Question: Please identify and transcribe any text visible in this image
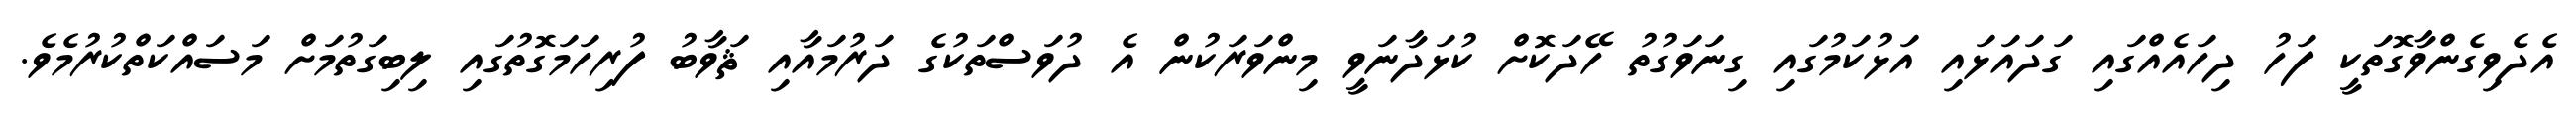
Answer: އެދެވިގެންވާގޮތަކީ ފަހު ދިހައެއްގައި ގަދައަޅައި އަޅުކަމުގައި ގިނަވަގުތު ހޭދަކޮށް ކުޅަދާނަވީ މިންވަރަކުން އެ ދުވަސްތަކުގެ ދަރުމައާއި ޘަވާބު ފުރިހަމަގޮތުގައި ލިބިގަތުމަށް މަސައްކަތްކުރުމެވެ.